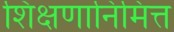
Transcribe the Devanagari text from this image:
शिक्षणानिमित्त